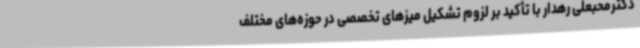
دکترمحبعلی رهدار با تأکید بر لزوم تشکیل میزهای تخصصی در حوزه‌های مختلف